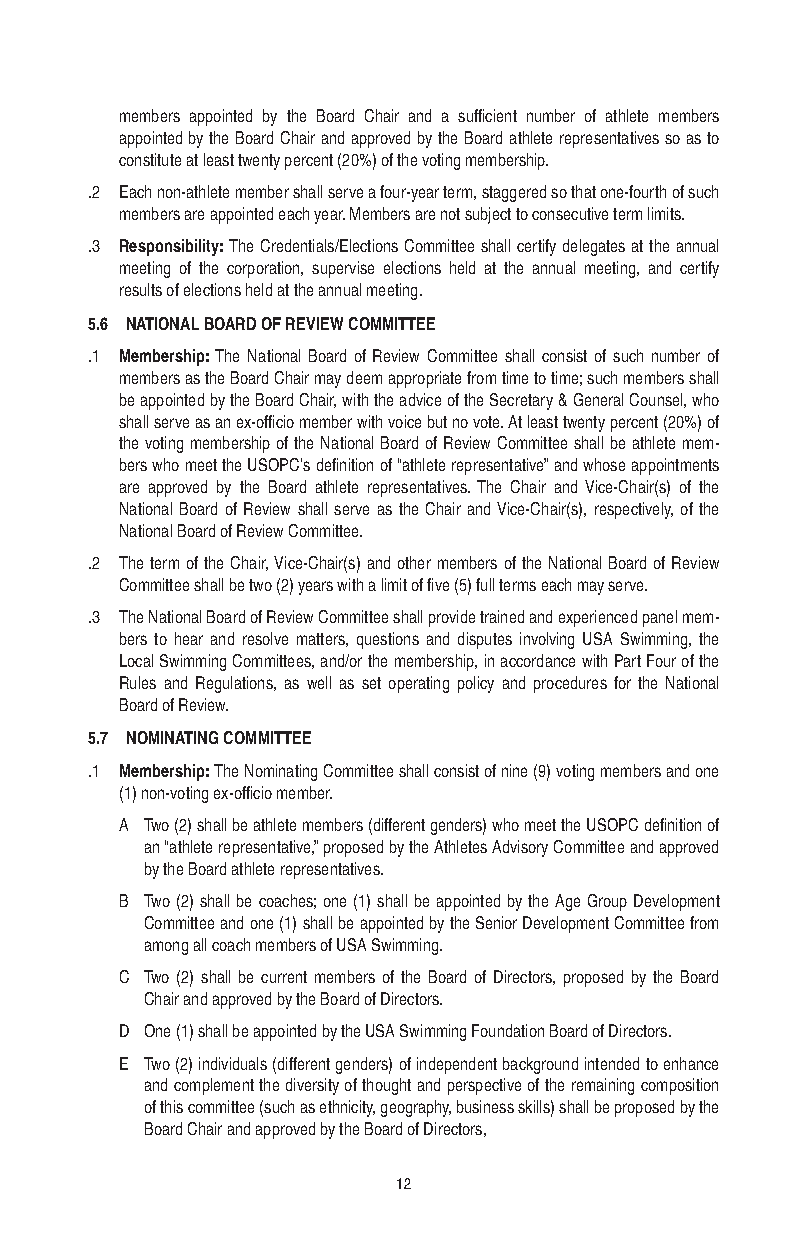
members appointed by the Board Chair and a sufficient number of athlete members
 appointed by the Board Chair and approved by the Board athlete representatives so as to
 constitute at least twenty percent (20%) of the voting membership.
 .2 Each non-athlete member shall serve a four-year term, staggered so that one-fourth of such
 members are appointed each year. Members are not subject to consecutive term limits.
 .3 Responsibility: The Credentials/Elections Committee shall certify delegates at the annual
 meeting of the corporation, supervise elections held at the annual meeting, and certify
 results of elections held at the annual meeting.
 5.6 NATIONAL BOARD OF REVIEW COMMITTEE
 .1 Membership: The National Board of Review Committee shall consist of such number of
 members as the Board Chair may deem appropriate from time to time; such members shall
 be appointed by the Board Chair, with the advice of the Secretary & General Counsel, who
 shall serve as an ex-officio member with voice but no vote. At least twenty percent (20%) of
 the voting membership of the National Board of Review Committee shall be athlete mem-
 bers who meet the USOPC’s definition of “athlete representative” and whose appointments
 are approved by the Board athlete representatives. The Chair and Vice-Chair(s) of the
 National Board of Review shall serve as the Chair and Vice-Chair(s), respectively, of the
 National Board of Review Committee.
 .2 The term of the Chair, Vice-Chair(s) and other members of the National Board of Review
 Committee shall be two (2) years with a limit of five (5) full terms each may serve.
 .3 The National Board of Review Committee shall provide trained and experienced panel mem-
 bers to hear and resolve matters, questions and disputes involving USA Swimming, the
 Local Swimming Committees, and/or the membership, in accordance with Part Four of the
 Rules and Regulations, as well as set operating policy and procedures for the National
 Board of Review.
 5.7 NOMINATING COMMITTEE
 .1 Membership: The Nominating Committee shall consist of nine (9) voting members and one
 (1) non-voting ex-officio member.
 A Two (2) shall be athlete members (different genders) who meet the USOPC definition of
 an “athlete representative,” proposed by the Athletes Advisory Committee and approved
 by the Board athlete representatives.
 B Two (2) shall be coaches; one (1) shall be appointed by the Age Group Development
 Committee and one (1) shall be appointed by the Senior Development Committee from
 among all coach members of USA Swimming.
 C Two (2) shall be current members of the Board of Directors, proposed by the Board
 Chair and approved by the Board of Directors.
 D One (1) shall be appointed by the USA Swimming Foundation Board of Directors.
 E Two (2) individuals (different genders) of independent background intended to enhance
 and complement the diversity of thought and perspective of the remaining composition
 of this committee (such as ethnicity, geography, business skills) shall be proposed by the
 Board Chair and approved by the Board of Directors,
 12